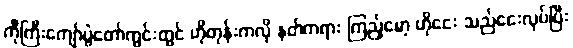
ကိုကြီးကျော်ပွဲတော်ကွင်းတွင် ဟိုတုန်းကလို နတ်ကရား ကြည့်မော့ ဟိုငေး သည်ငေးလုပ်ပြီး